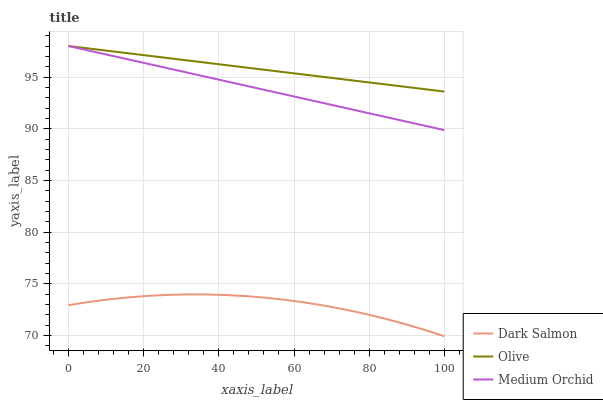
| xaxis_label | Dark Salmon | Olive | Medium Orchid |
 | --- | --- | --- | --- |
 | 0 | 72.9 | 98 | 98 |
 | 5.26 | 73.2 | 97.8 | 97.6 |
 | 10.5 | 73.5 | 97.5 | 97.1 |
 | 15.8 | 73.7 | 97.3 | 96.7 |
 | 21.1 | 73.8 | 97.1 | 96.3 |
 | 26.3 | 73.9 | 96.8 | 95.9 |
 | 31.6 | 74 | 96.6 | 95.4 |
 | 36.8 | 74 | 96.4 | 95 |
 | 42.1 | 73.9 | 96.1 | 94.6 |
 | 47.4 | 73.8 | 95.9 | 94.1 |
 | 52.6 | 73.6 | 95.7 | 93.7 |
 | 57.9 | 73.4 | 95.4 | 93.3 |
 | 63.2 | 73.2 | 95.2 | 92.9 |
 | 68.4 | 72.9 | 95 | 92.4 |
 | 73.7 | 72.5 | 94.8 | 92 |
 | 78.9 | 72.1 | 94.5 | 91.6 |
 | 84.2 | 71.6 | 94.3 | 91.1 |
 | 89.5 | 71.1 | 94.1 | 90.7 |
 | 94.7 | 70.5 | 93.8 | 90.3 |
 | 100 | 69.9 | 93.6 | 89.9 |